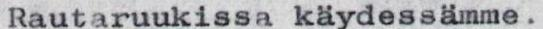
Rautaruukissa käydessämme.